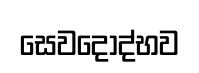
සෙවදොද්භව